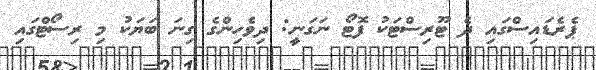
ޕެރެޑައިސްގައި ދެ ޓޫރިސްޓަކު ފޮޓޯ ނަގަނީ: ދިވެހިންގެ ގިނަ ބަޔަކު މި ރިސޯޓްގައި